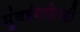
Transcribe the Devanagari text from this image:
मुंबईबाहेरही